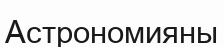
Астрономияны